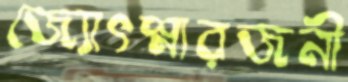
জ্যোৎস্নারজনী